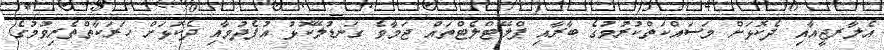
އެލާރޖީއާއި ދެކޮޅަށް މަސައްކަތްކުރުމުގެ ބާރާއި ޕްލޭޓްލެޓްތައް ޖަމާވެ ގަނޑުލޭކޮޅު އުފެދުމާއި ދެކޮޅަށް ހަރަކާތްތެރިވުމުގެ